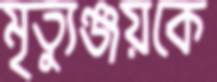
মৃত্যুঞ্জয়কে